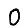
Digit: 0